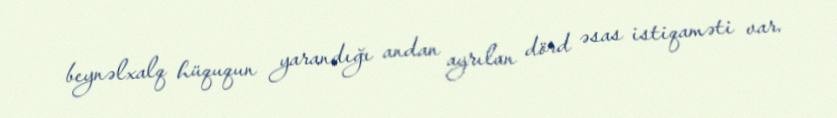
beynəlxalq hüququn yarandığı andan ayrılan dörd əsas istiqaməti var.